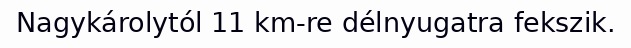
Nagykárolytól 11 km-re délnyugatra fekszik.